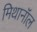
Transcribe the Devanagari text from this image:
मिथानॉल